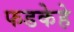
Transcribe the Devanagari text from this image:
फडकेहे